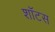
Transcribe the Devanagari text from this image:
शॉटस